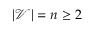
| \mathcal { V } | = n \ge 2